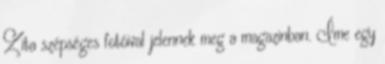
Zita szépséges fotóival jelennek meg a magazinban. Íme egy